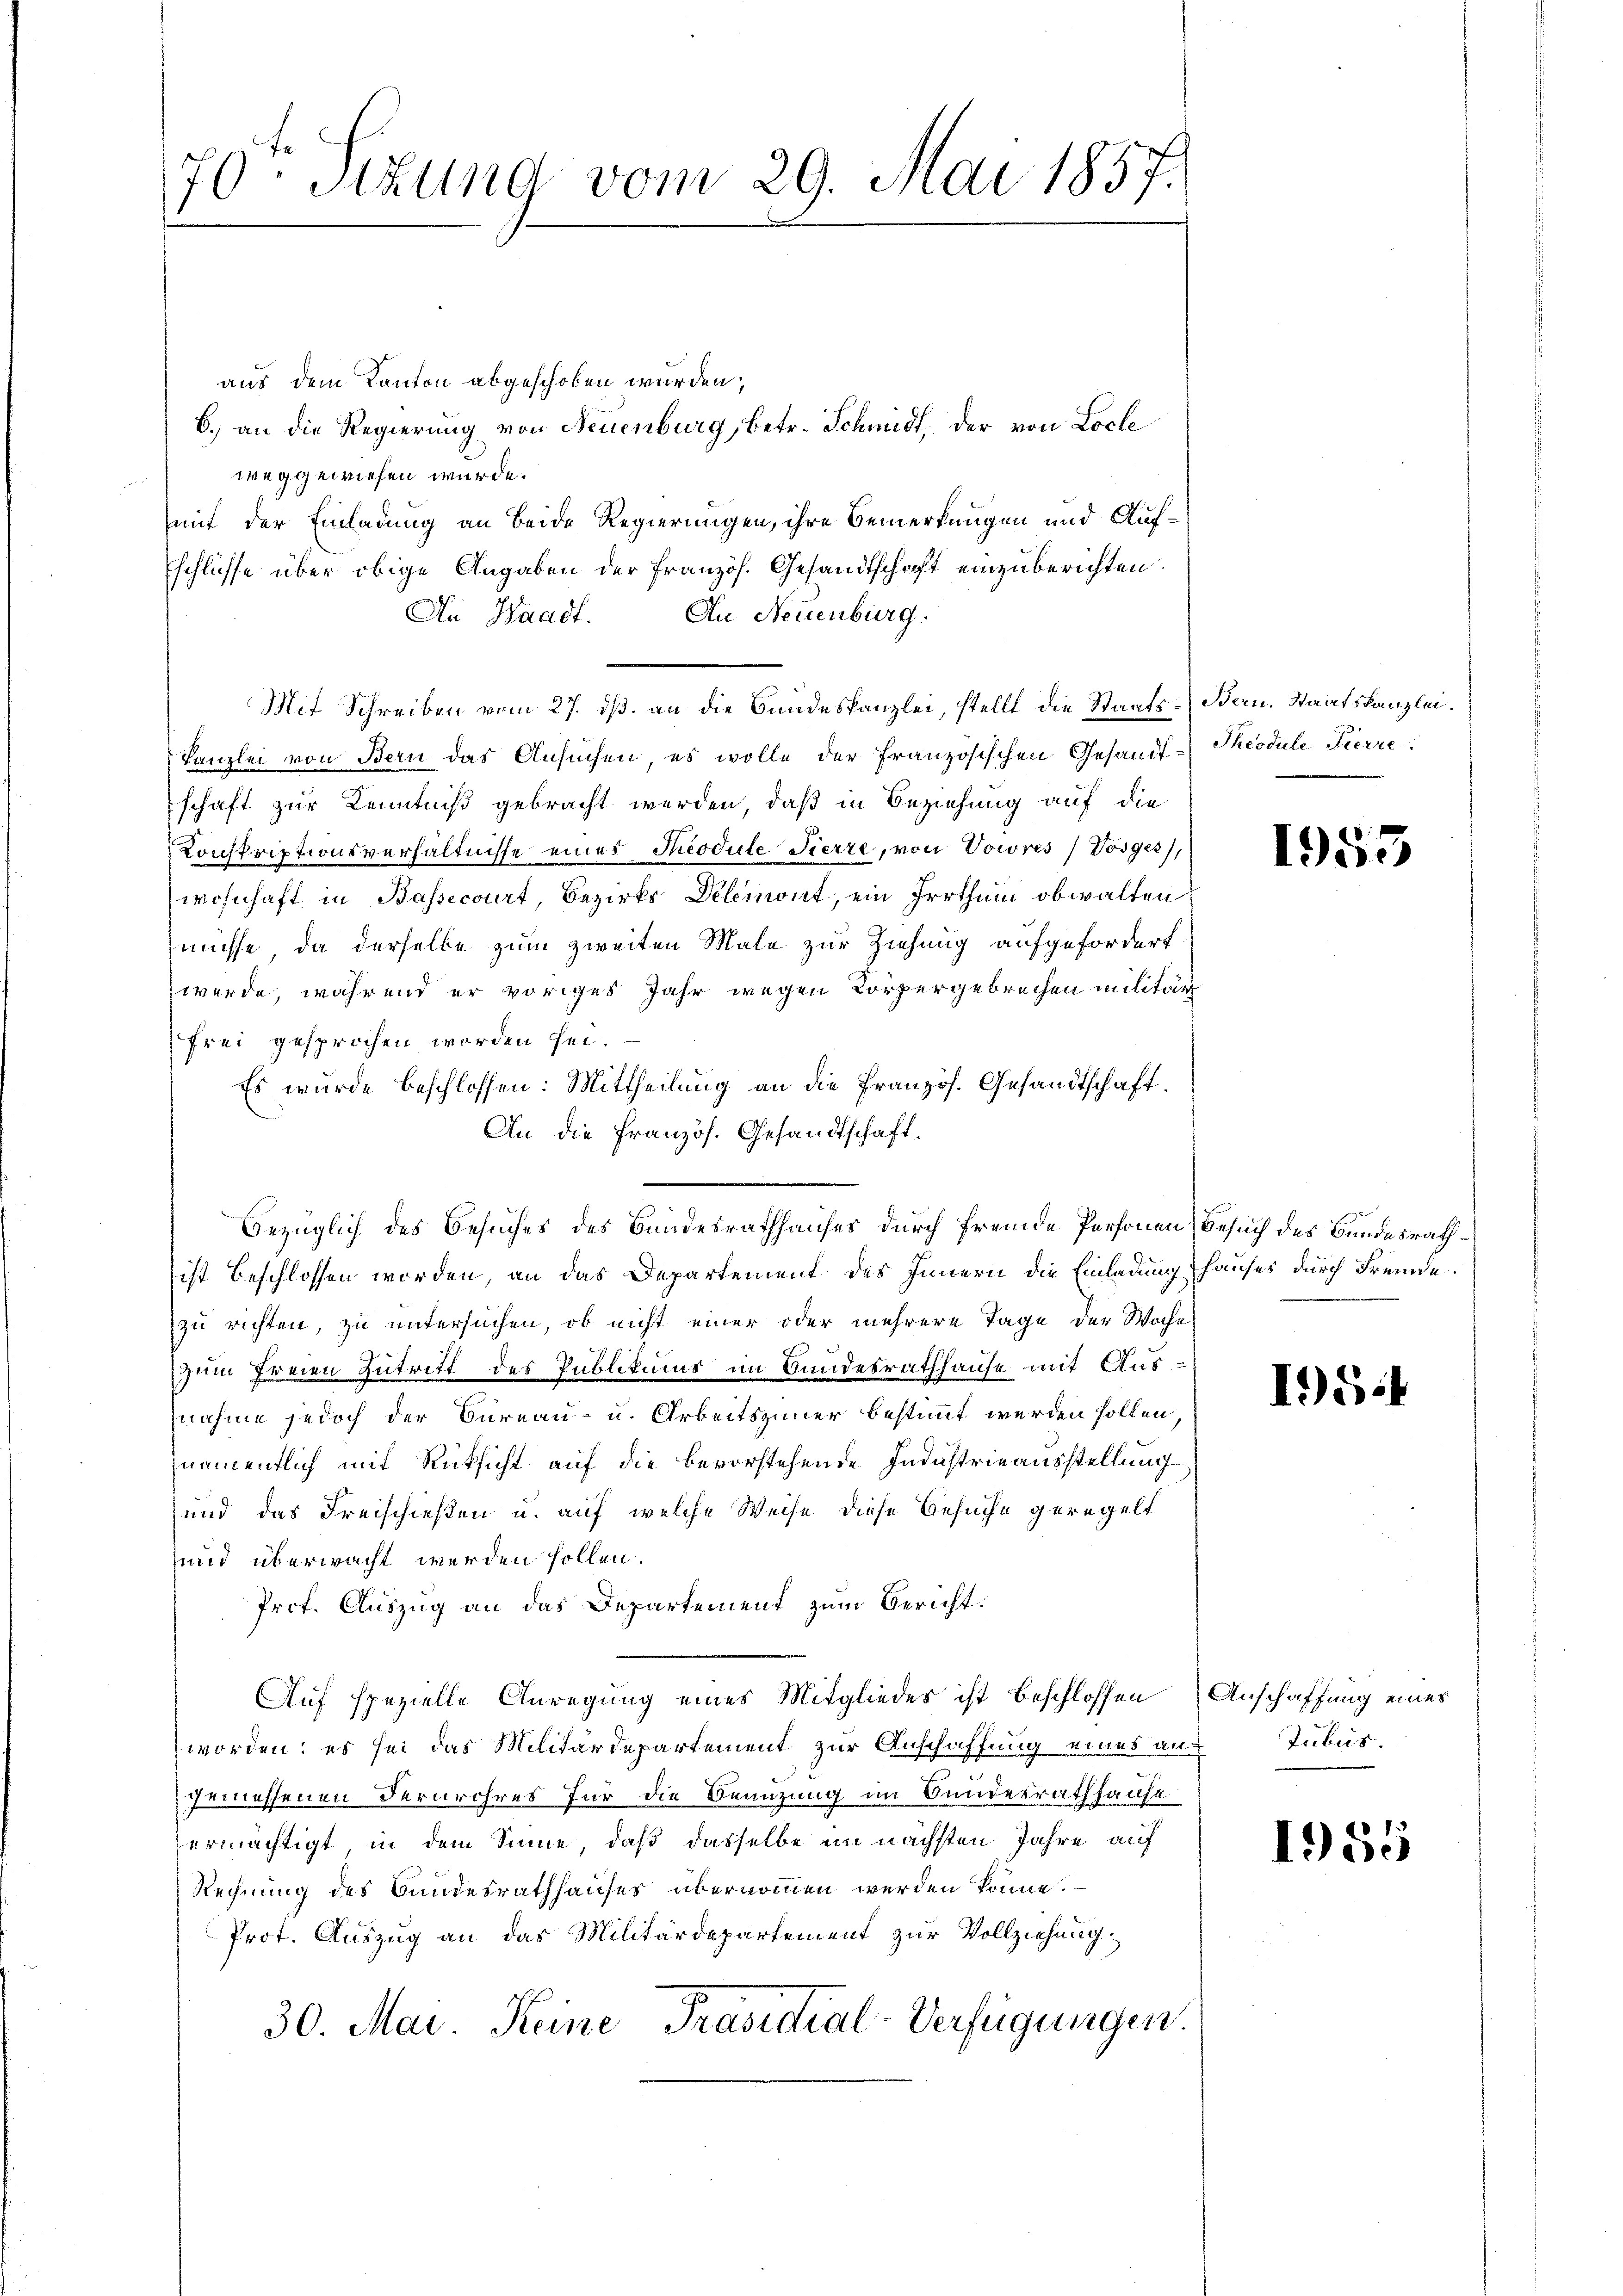
70ten Sizung vom 29. Mai 1857.

aus dem Kanton abgeschoben wurden;
b.) an die Regierung von Neuenburg, betr. Schmidt, der von Loche
weggewiesen würde.
mit der Einladung an beide Regierungen, ihre Bemerkungen und Auf¬
Eschlüsse über obige Angaben der Französ. Gesandtschrift einzuberichten.
Au Neuenburg.
An Waadt.
Mit Schreiben vom 27. ds. an die Bundeskanzlei, stellt die Staats-Bern, Staatskanzlei.
Kanzlei von Bern das Ansuchen, es wolle der Französischen Gesandt-Theodule Tierre
schaft zur Kenntniß gebracht werden, daß in Beziehung auf die
Konskriptionsverhältnisse eines Theodule Tierte, von Vowres/Vosger),
wohnhaft in Bassecourt, Bezirks Delemont, ein Irrthum obwalten
müsse, da derselbe zum zweiten Male zur Ziehung aufgefordert
werde, während er voriges Jahr wegen Körpergebrechen militar
frei gesprochen worden sei.
Es wurde beschlossen: Mittheilung an die Französ. Gesandtschaft.
An die Französ. Gesandtschaft.
ist beschlossen worden, an das Departement des Innern die Einladung hauses durch Fremde.
zu richten, zu untersuchen, ob nicht einer oder mehrere Tage der Woche
zum Freien Zutritt des Publikums im Bandesrathhause mit Ausnahme jedoch der Bureau- u. Arbeitszimmer bestimmt werden sollen,
namentlich mit Rücksicht auf die bevorstehende Industrieausstellung
und das Freischießen u. auf welche Weise diese Gesuche geregelt
sund überwacht werden sollen.
Prof. Auszug an das Departement zum Bericht.
Auf spezielle Anregung eines Mitgliedes ist beschlossen Anschaffung eines
worden: es sei das Militärdepartement zur Anschaffung eines auf
gemessenen Dernrohres für die Beanzung im Bundesrathhause
ermächtigt in dem Sinne, daß dasselbe im nächsten Jahre auf
Rechnung des Bundesrathhauses übernommen werden könne.
Prot. Auszug an das Militärdepartement zur Vollziehung
30. Mai. Keine Präsidial-Verfügungen.

bezüglich des Besuches des Bandesrathhauses durch fremde Personen Besuch des Bundesrath¬

1955

I54

Tubus

1955